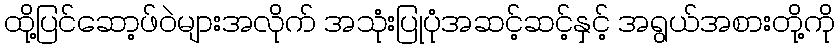
ထို့ပြင်ဆော့ဖ်ဝဲများအလိုက် အသုံးပြုပုံအဆင့်ဆင့်နှင့် အရွယ်အစားတို့ကို